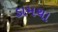
ડામચા